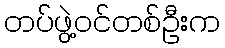
တပ်ဖွဲ့ဝင်တစ်ဦးက